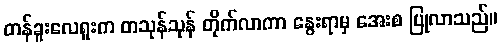
တန်ခူးလေရူးက တသုန်သုန် တိုက်လာကာ နွေးရာမှ အေးစ ပြုလာသည်။